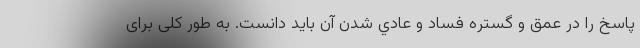
پاسخ را در عمق و گستره فساد و عادي شدن آن بايد دانست. به طور کلی برای